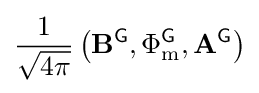
{\frac {1}{\sqrt {4\pi }}}\left(\mathbf {B} ^{\textsf {G}},\Phi _{\text{m}}^{\textsf {G}},\mathbf {A} ^{\textsf {G}}\right)